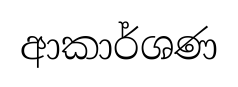
ආකාර්ශණ